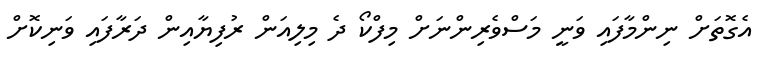
އެގޮތަށް ނިންމާފައި ވަނީ މަސްވެރިންނަށް މިފްކޯ ދެ މިލިއަން ރުފިޔާއިން ދަރާފައި ވަނިކޮށް